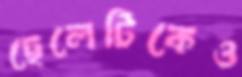
ছেলেটিকেও